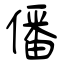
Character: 僠